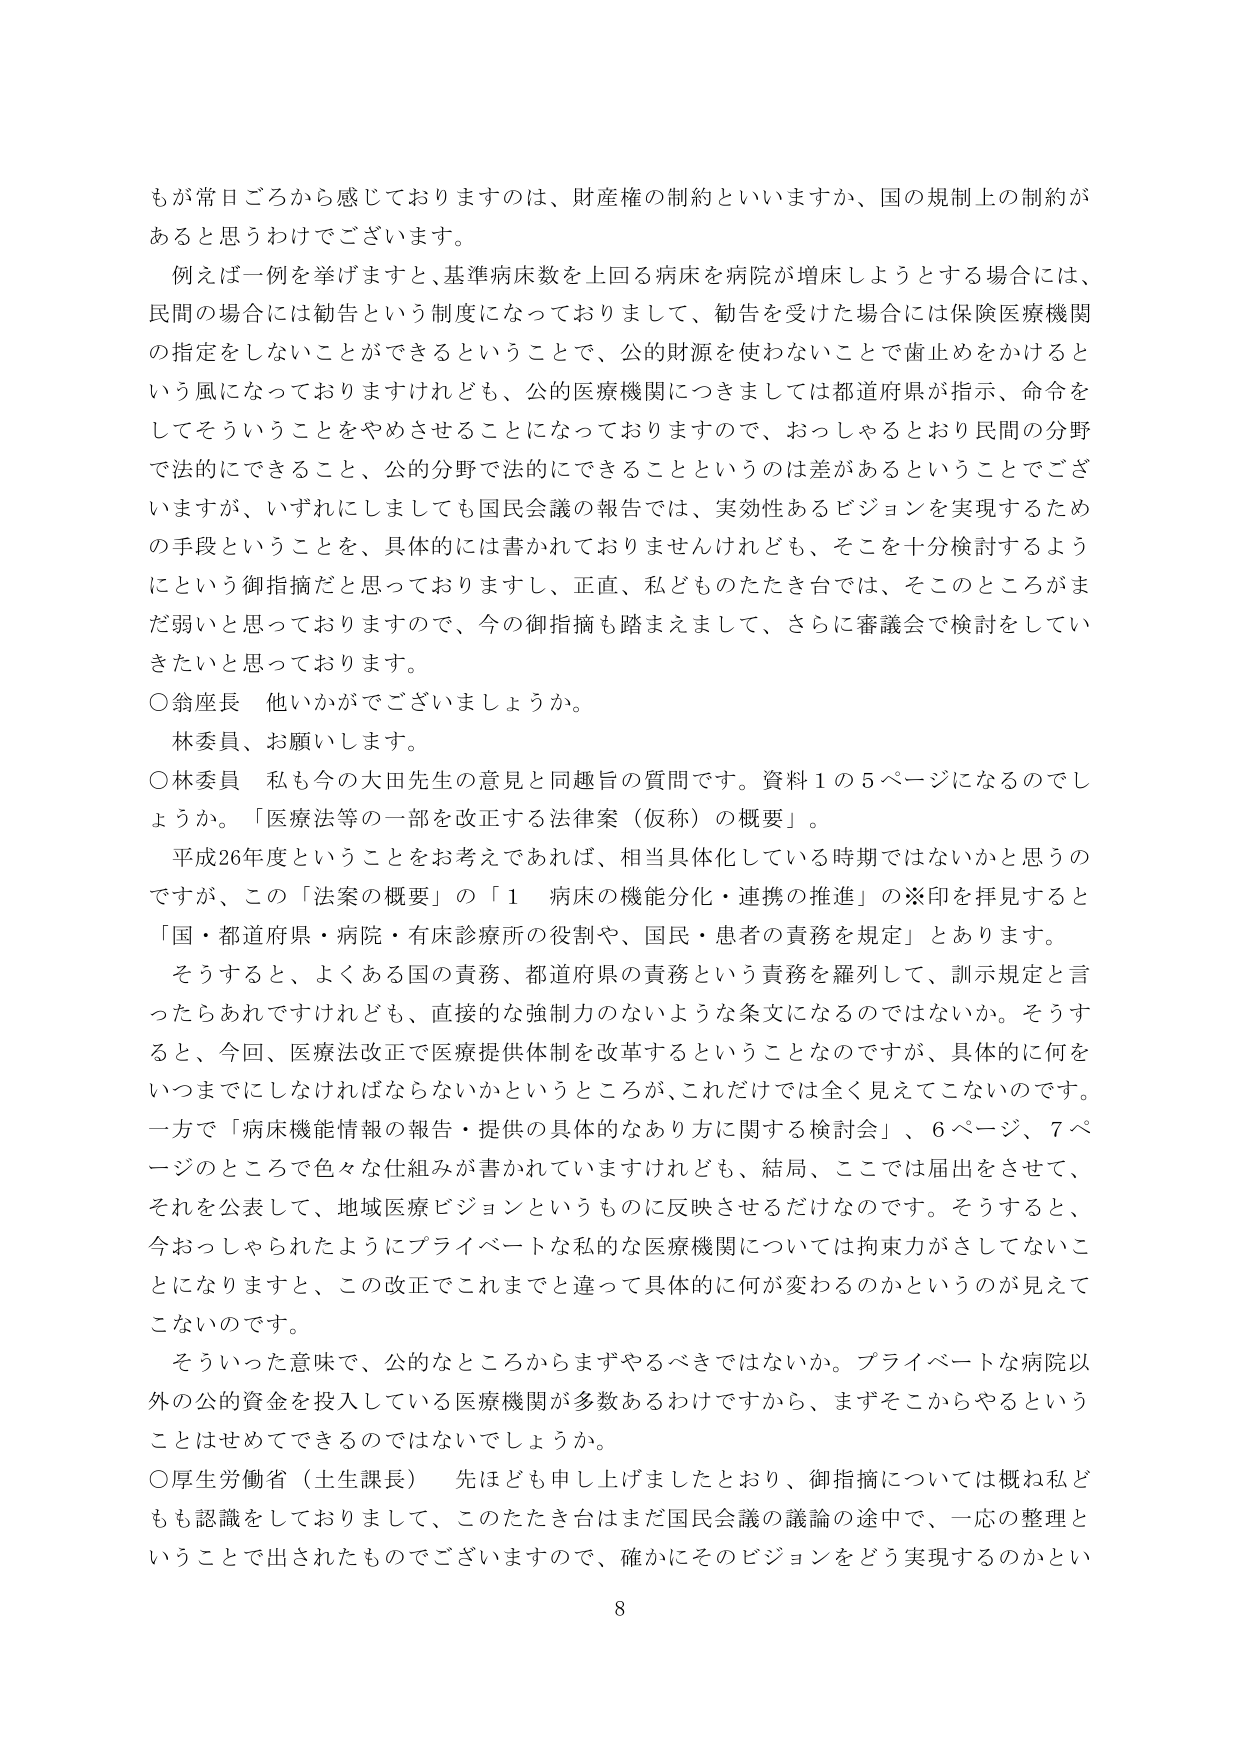
もが常日ごろから感じておりますのは、財産権の制約といいますか、国の規制上の制約があると思うわけでございます。

例えば一例を挙げますと、基準病床数を上回る病床を病院が増床しようとする場合には、民間の場合には勧告という制度になっておりまして、勧告を受けた場合には保険医療機関の指定をしないことができるということで、公的財源を使わないことで歯止めをかけるという風になっておりますけれども、公的医療機関につきましては都道府県が指示、命令をしてそういうことをやめさせることになっておりますので、おっしゃるとおり民間の分野で法的にできること、公的分野で法的にできることというのは差があるということでございますが、いずれにしましても国民会議の報告では、実効性あるビジョンを実現するための手段ということを、具体的には書かれておりませんけれども、そこを十分検討するようにという御指摘だと思っておりますし、正直、私どものたたき台では、そこのところがまだ弱いと思っておりますので、今の御指摘も踏まえまして、さらに審議会で検討していきたいと思っております。

○翁座長　他いかがでございましょうか。
　林委員、お願いします。

○林委員　私も今の太田先生の意見と同趣旨の質問です。資料１の５ページになるのでしょうか。「医療法等の一部を改正する法律案（仮称）の概要」。
　平成26年度ということを考えであれば、相当具体化している時期ではないかと思うのですが、この「法案の概要」の「１　病床の機能分化・連携の推進」の※印を拝見すると「国・都道府県・病院・有床診療所の役割や、国民・患者の責務を規定」とあります。
　そうすると、よくある国の責務、都道府県の責務という責務を羅列して、訓示規定と言ったらあれですけれども、直接的な強制力のないような条文になるのではないでしょうか。そうすると、今回、医療法改正で医療提供体制を改革するということなのですが、具体的に何をいつまでにしなければならないかというところが、これだけでは全く見えてこないのです。一方で「病床機能情報の報告・提供の具体的なあり方に関する検討会」、６ページ、７ページのところで色々な仕組みが書かれていますけれども、結局、ここでは届出をさせて、それを公表して、地域医療ビジョンというものに反映させるだけなのです。そうすると、今おっしゃられたようにプライベートな私的な医療機関については拘束力がさしてないことになりますと、この改正でこれまでと違って具体的に何が変わるのかというのが見えてこないのです。
　そういった意味で、公的なところからまずやるべきではないか。プライベートな病院以外の公的資金を投入している医療機関が多数あるわけですから、まずそこからやるということはせめてできるのではないでしょうか。

○厚生労働省（土生課長）　先ほども申し上げましたとおり、御指摘については概ね私どもも認識しておりまして、このたたき台はまだ国民会議の議論の途中で、一応の整理ということで出されたものでございますので、確かにそのビジョンをどう実現するのかとい

8